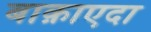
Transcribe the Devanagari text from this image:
बाक़ाएदा